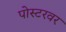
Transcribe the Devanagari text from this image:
पोस्टरवर